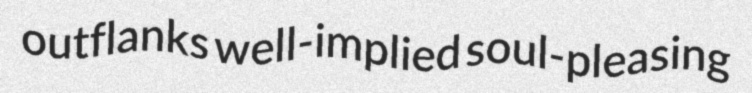
outflanks well-implied soul-pleasing